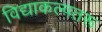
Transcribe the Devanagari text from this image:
विद्याकल्पतरू